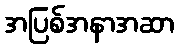
အပြစ်အနာအဆာ